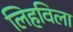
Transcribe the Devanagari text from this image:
लिहविला